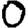
Digit: 0